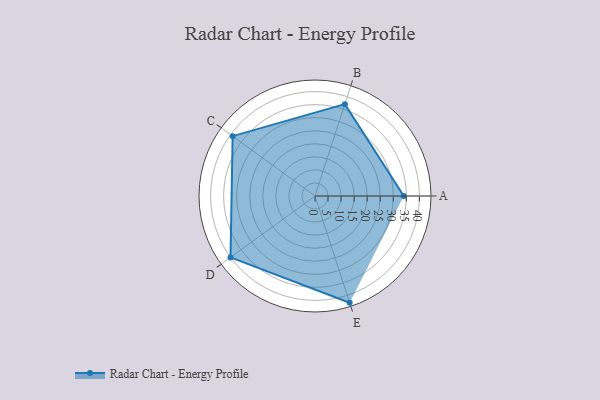
{"axis": {"x": "Skill", "y": "Score"}, "legend": ["Profile"], "data": [{"x": "A", "y": 34.0, "type": "Profile"}, {"x": "B", "y": 37.0, "type": "Profile"}, {"x": "C", "y": 39.0, "type": "Profile"}, {"x": "D", "y": 40.0, "type": "Profile"}, {"x": "E", "y": 43.0, "type": "Profile"}]}